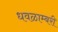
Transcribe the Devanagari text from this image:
धवळाम्बरी